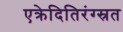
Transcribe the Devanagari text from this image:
एक्रेदितिरंग्स्रत